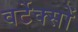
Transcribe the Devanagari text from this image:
वर्टेक्सों